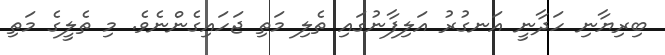
ބިރިޔާނި ހަދާނީ އަނގުރު އަލިފާނުގައި ތެލި މަތި ޖަހައިގެންނެވެ. މި ތެލީގެ މަތި